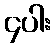
၄ပါး